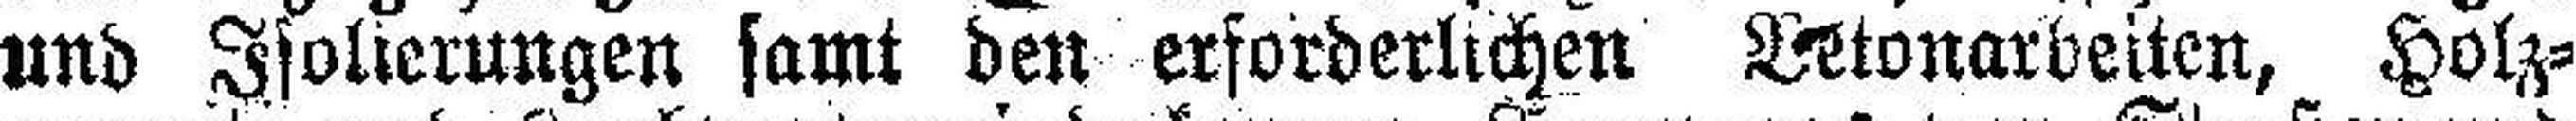
und Isolierungen samt den erforderlichen Brtonarbeiten, Holz¬